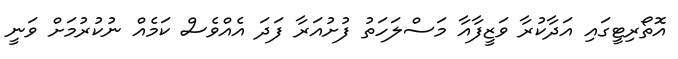
އޮތޯރިޓީގައި އަދާކުރާ ވަޒީފާއާ މަސްލަހަތު ފުށުއަރާ ފަދަ އެއްވެސް ކަމެއް ނުކުރުމަށް ވަނީ